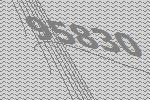
95830